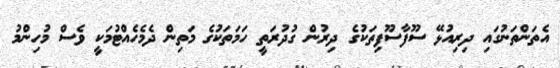
އެތަންތަނުގައި ދިރިއުޅޭ ސޫފާސޫފިތަކުގެ ދިރުން ގުދުރަތީ ހަމަތަކުގެ މަތިން ދެމެހެއްޓުމަކީ ވެސް މުހިންމު